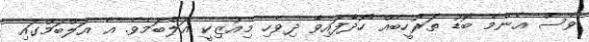
ވެސް އެންމެ ބޮޑު ތަރުހީބެއް ހޯދާފައިވާ ދިވެހި މިއުޒިކީ އަލްބަމެވެ. އެ އަލްބަމްގައި